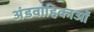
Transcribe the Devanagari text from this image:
अंडवाहिकाओं